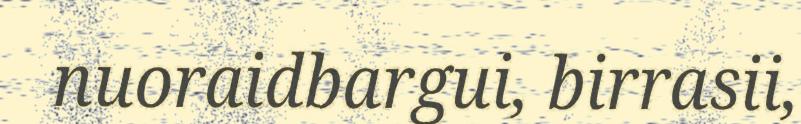
nuoraidbargui, birrasii,